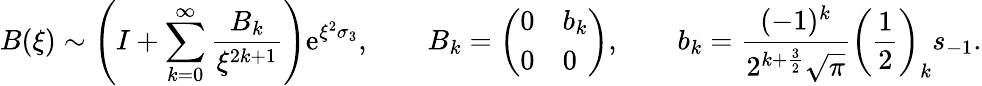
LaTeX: B(\xi)\sim\left(I+\sum_{k=0}^{\infty}\frac{B_{k}}{\xi^{2k+1}}\right)\mathrm{e}^{\xi^{2}\sigma_{3}},\qquad B_{k}=\left(\begin{array}{ll}{0}&{b_{k}}\\ {0}&{0}\end{array}\right),\qquad b_{k}=\frac{(-1)^{k}}{2^{k+\frac{3}{2}}\sqrt{\pi}}\left(\frac{1}{2}\right)_{k}s_{-1}.